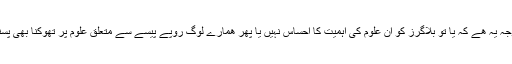
شائد اس کی وجہ یہ ھے کہ یا تو بلاگرز کو ان علوم کی اہمیت کا احساس نہیں یا پھر ھمارے لوگ روپے پیسے سے متعلق علوم پر تھوکنا بھی پسند نہیں کرتے۔